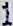
1